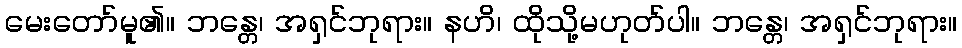
မေးတော်မူ၏။ ဘန္တေ၊ အရှင်ဘုရား။ နဟိ၊ ထိုသို့မဟုတ်ပါ။ ဘန္တေ၊ အရှင်ဘုရား။